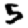
Digit: 5